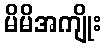
မိမိအကျိုး